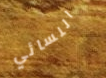
النسائي